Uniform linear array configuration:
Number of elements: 16
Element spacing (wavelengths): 0.25
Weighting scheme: binomial
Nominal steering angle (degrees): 60
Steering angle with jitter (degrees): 60.347
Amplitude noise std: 0.05
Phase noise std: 0.05

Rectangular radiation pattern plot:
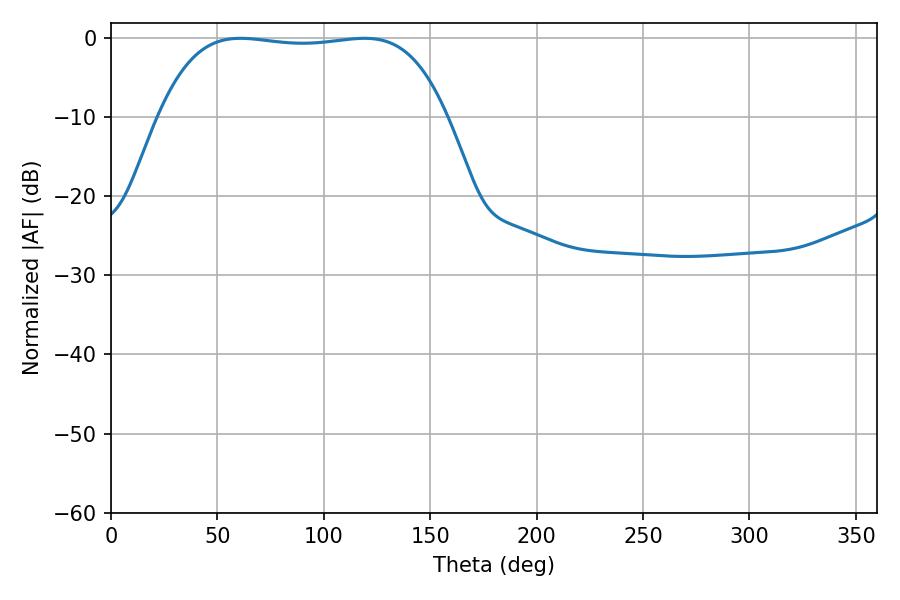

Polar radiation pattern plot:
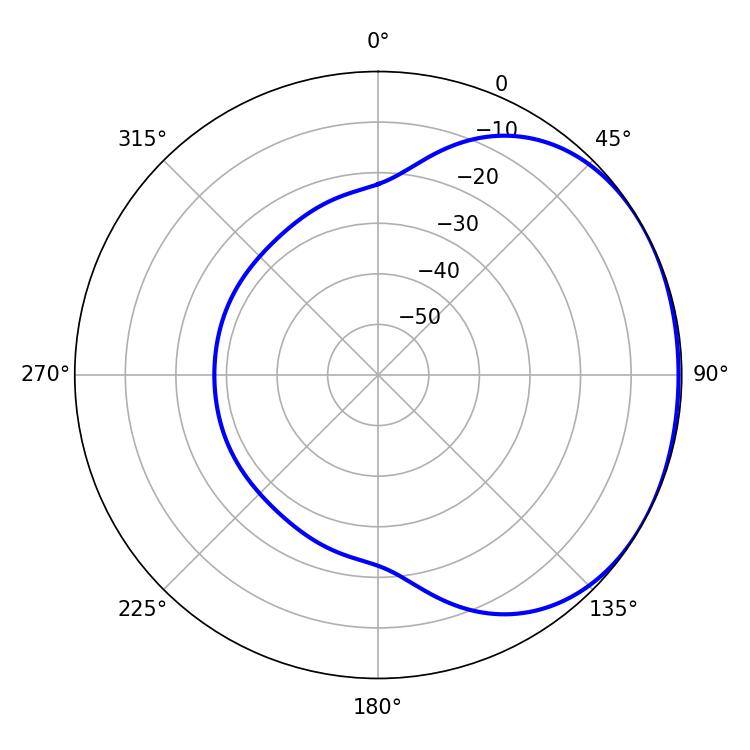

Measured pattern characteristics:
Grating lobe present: FALSE
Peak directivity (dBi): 1.217
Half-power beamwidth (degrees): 106.56
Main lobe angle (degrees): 60.84